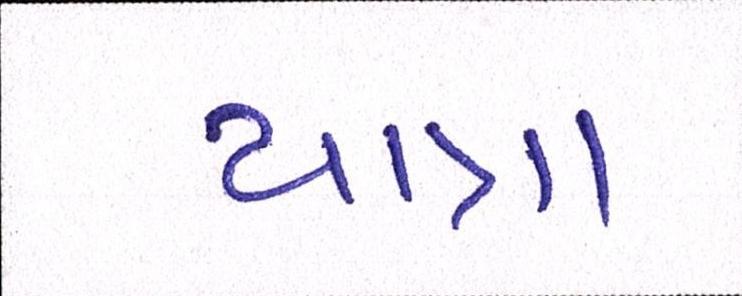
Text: યાત્રા